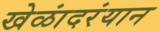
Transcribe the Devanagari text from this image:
खेळांदरंयान